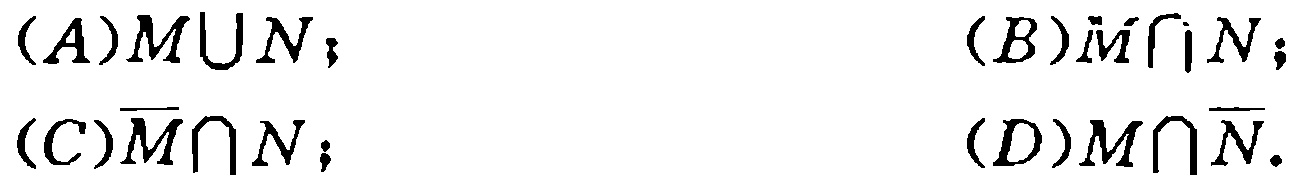
(A)$M\cup N$；

(B)$M\cap N$；

(C)$\overline{M}\cap N$；

(D)$M\cap\overline{N}$.